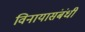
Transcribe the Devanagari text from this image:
विनायासंबंधी